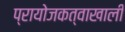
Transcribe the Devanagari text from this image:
प्रायोजकत्वाखाली